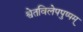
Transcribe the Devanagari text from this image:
श्वेतविलेपपुष्पम्